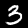
Digit: 3